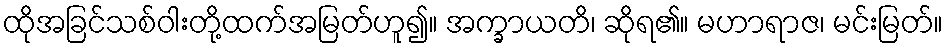
ထိုအခြင်သစ်ဝါးတို့ထက်အမြတ်ဟူ၍။ အက္ခာယတိ၊ ဆိုရ၏။ မဟာရာဇ၊ မင်းမြတ်။